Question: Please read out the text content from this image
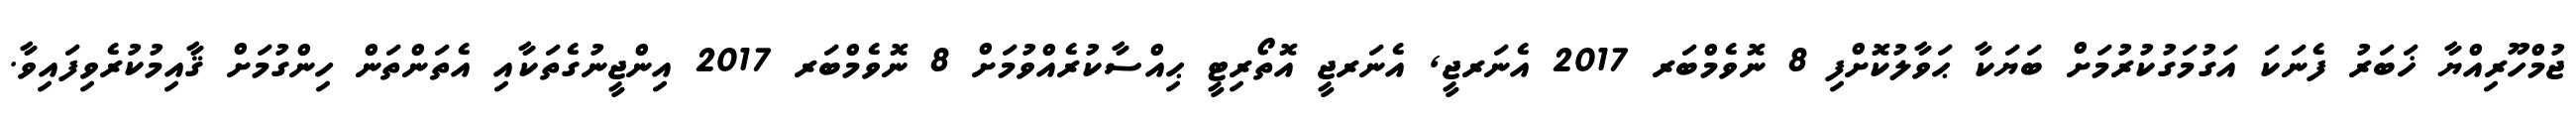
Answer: ޖުމްހޫރިއްޔާ ޚަބަރު ފެނަކަ އަގުމަގުކުރުމަށް ބަޔަކާ ޙަވާލުކޮށްފި 8 ނޮވެމްބަރ 2017 އެނަރޖީ, އެނަރޖީ އޮތޯރިޓީ ޙިއްސާކުރެއްވުމަށް 8 ނޮވެމްބަރ 2017 އިންޖީނުގެތަކާއި އެތަންތަން ހިންގުމަށް ޤާއިމުކުރެވިފައިވާ.